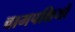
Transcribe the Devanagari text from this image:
वामपक्षियों